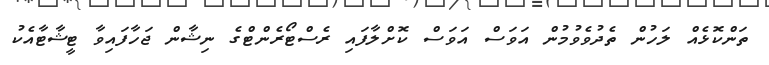
ތަންކޮޅެއް ލަހުން ތެދުވެވުމުން އަވަސް އަވަސް ކޮށްލާފައި ރެސްޓޯރެންޓްގެ ނިޝާން ޖަހާފައިވާ ޓީޝާޓާއެކު